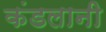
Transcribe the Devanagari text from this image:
कंडलानी